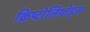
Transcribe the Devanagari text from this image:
क्रिष्टोलिथोड्स